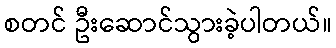
စတင် ဦးဆောင်သွားခဲ့ပါတယ်။